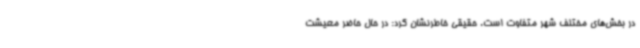
در بخش‌های مختلف شهر متفاوت است. حقیقی خاطرنشان کرد: در حال حاضر معیشت